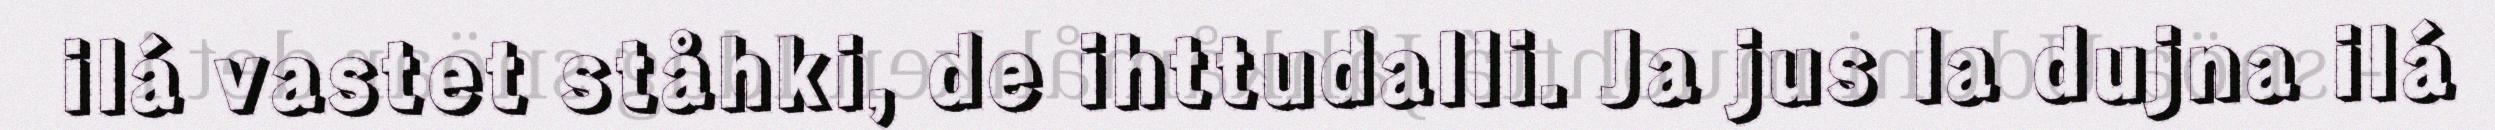
ilá vastet ståhki, de ihttudalli. Ja jus la dujna ilá